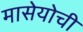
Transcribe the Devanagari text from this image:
मासेयोची